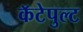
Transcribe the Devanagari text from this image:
कॅटेपुल्ट